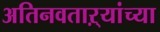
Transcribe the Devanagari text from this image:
अतिनवताऱ्यांच्या